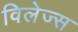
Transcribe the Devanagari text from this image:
विलेज्स